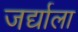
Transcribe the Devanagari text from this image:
जर्द्याला